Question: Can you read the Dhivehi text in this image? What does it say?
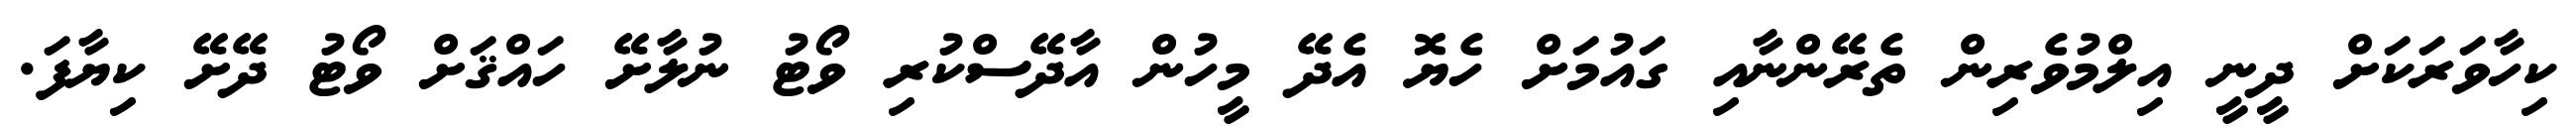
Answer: ކިހާވަރަކަށް ދީނީ އިލްމުވެރިން ތެރޭންނާއި ގައުމަށް ހެޔޮ އެދޭ މީހުން އާދޭސްކުރި ވޯޓު ނުލާށޭ ހައްޤަށް ވޯޓު ދޭށޭ ކިޔާފަ.